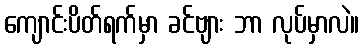
ကျောင်းပိတ်ရက်မှာ ခင်ဗျား ဘာ လုပ်မှာလဲ။